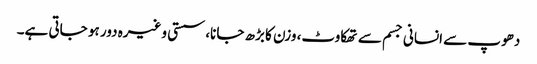
دھوپ سے انسانی جسم سے تھکاوٹ، وزن کا بڑھ جانا، سستی وغیرہ دور ہو جاتی ہے۔